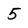
Character: 5